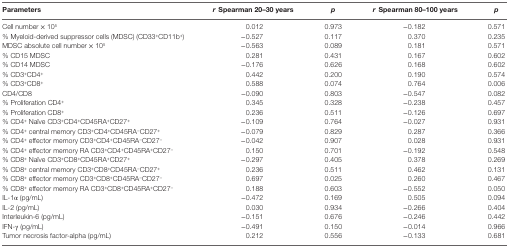
<table><thead><tr><td><b>Parameters</b></td><td><b><i>r</i> Spearman 20–30 years</b></td><td><b><i>p</i></b></td><td><b><i>r</i> Spearman 80–100 years</b></td><td><b><i>p</i></b></td></tr></thead><tbody><tr><td>Cell number × 10<sup>5</sup></td><td>0.012</td><td>0.973</td><td>−0.182</td><td>0.571</td></tr><tr><td>% Myeloid-derived suppressor cells (MDSC) (CD33<sup>+</sup>CD11b<sup>+</sup>)</td><td>−0.527</td><td>0.117</td><td>0.370</td><td>0.235</td></tr><tr><td>MDSC absolute cell number × 10<sup>5</sup></td><td>−0.563</td><td>0.089</td><td>0.181</td><td>0.571</td></tr><tr><td>% CD15 MDSC</td><td>0.281</td><td>0.431</td><td>0.167</td><td>0.602</td></tr><tr><td>% CD14 MDSC</td><td>−0.176</td><td>0.626</td><td>0.168</td><td>0.602</td></tr><tr><td>% CD3<sup>+</sup>CD4<sup>+</sup></td><td>0.442</td><td>0.200</td><td>0.190</td><td>0.574</td></tr><tr><td>% CD3<sup>+</sup>CD8<sup>+</sup></td><td>0.588</td><td>0.074</td><td>0.764</td><td>0.006</td></tr><tr><td>CD4/CD8</td><td>−0.090</td><td>0.803</td><td>−0.547</td><td>0.082</td></tr><tr><td>% Proliferation CD4<sup>+</sup></td><td>0.345</td><td>0.328</td><td>−0.238</td><td>0.457</td></tr><tr><td>% Proliferation CD8<sup>+</sup></td><td>0.236</td><td>0.511</td><td>−0.126</td><td>0.697</td></tr><tr><td>% CD4<sup>+</sup> Naïve CD3<sup>+</sup>CD4<sup>+</sup>CD45RA<sup>+</sup>CD27<sup>+</sup></td><td>−0.109</td><td>0.764</td><td>−0.027</td><td>0.931</td></tr><tr><td>% CD4<sup>+</sup> central memory CD3<sup>+</sup>CD4<sup>+</sup>CD45RA<sup>−</sup>CD27<sup>+</sup></td><td>−0.079</td><td>0.829</td><td>0.287</td><td>0.366</td></tr><tr><td>% CD4<sup>+</sup> effector memory CD3<sup>+</sup>CD4<sup>+</sup>CD45RA<sup>−</sup>CD27<sup>−</sup></td><td>−0.042</td><td>0.907</td><td>0.028</td><td>0.931</td></tr><tr><td>% CD4<sup>+</sup> effector memory RA CD3<sup>+</sup>CD4<sup>+</sup>CD45RA<sup>+</sup>CD27<sup>−</sup></td><td>0.150</td><td>0.701</td><td>−0.192</td><td>0.548</td></tr><tr><td>% CD8<sup>+</sup> Naïve CD3<sup>+</sup>CD8<sup>+</sup>CD45RA<sup>+</sup>CD27<sup>+</sup></td><td>−0.297</td><td>0.405</td><td>0.378</td><td>0.269</td></tr><tr><td>% CD8<sup>+</sup> central memory CD3<sup>+</sup>CD8<sup>+</sup>CD45RA<sup>−</sup>CD27<sup>+</sup></td><td>0.236</td><td>0.511</td><td>0.462</td><td>0.131</td></tr><tr><td>% CD8<sup>+</sup> effector memory CD3<sup>+</sup>CD8<sup>+</sup>CD45RA<sup>−</sup>CD27<sup>−</sup></td><td>0.697</td><td>0.025</td><td>0.260</td><td>0.467</td></tr><tr><td>% CD8<sup>+</sup> effector memory RA CD3<sup>+</sup>CD8<sup>+</sup>CD45RA<sup>+</sup>CD27<sup>−</sup></td><td>0.188</td><td>0.603</td><td>−0.552</td><td>0.050</td></tr><tr><td>IL-1α (pg/mL)</td><td>−0.472</td><td>0.169</td><td>0.505</td><td>0.094</td></tr><tr><td>IL-2 (pg/mL)</td><td>0.030</td><td>0.934</td><td>−0.266</td><td>0.404</td></tr><tr><td>Interleukin-6 (pg/mL)</td><td>−0.151</td><td>0.676</td><td>−0.246</td><td>0.442</td></tr><tr><td>IFN-γ (pg/mL)</td><td>−0.491</td><td>0.150</td><td>−0.014</td><td>0.966</td></tr><tr><td>Tumor necrosis factor-alpha (pg/mL)</td><td>0.212</td><td>0.556</td><td>−0.133</td><td>0.681</td></tr></tbody></table>